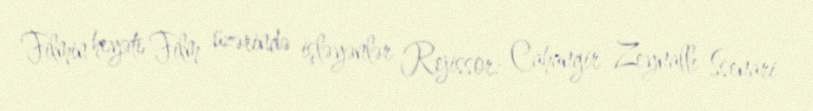
Filmin heyəti Film üzərində işləyənlər Rejissor: Cahangir Zeynallı Ssenari